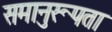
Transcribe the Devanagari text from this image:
समानुरूपता